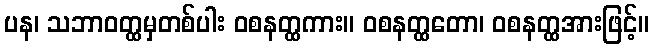
ပန၊ သဘာဝတ္ထမှတစ်ပါး ဝစနတ္ထကား။ ဝစနတ္ထတော၊ ဝစနတ္ထအားဖြင့်။